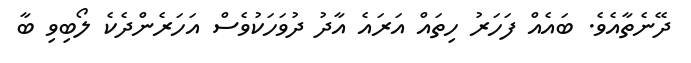
ދޭނެތާއެވެ. ބައެއް ފަހަރު ހިތައް އަރައެ އާދު ދުވަހަކުވެސް އަހަރެންދެކެ ލޯބިވި ބާ